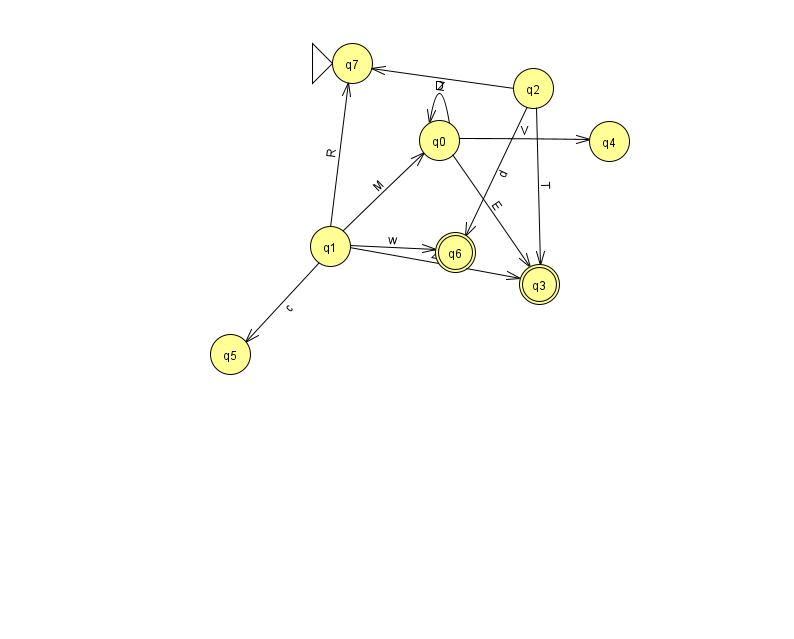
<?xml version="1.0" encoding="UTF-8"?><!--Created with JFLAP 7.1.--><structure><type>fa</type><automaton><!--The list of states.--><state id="0" name="q0"><x>439.0</x><y>127.0</y></state><state id="1" name="q1"><x>330.0</x><y>233.0</y></state><state id="2" name="q2"><x>533.0</x><y>75.0</y></state><state id="3" name="q3"><x>539.0</x><y>271.0</y><final/></state><state id="4" name="q4"><x>609.0</x><y>128.0</y></state><state id="5" name="q5"><x>230.0</x><y>341.0</y></state><state id="6" name="q6"><x>455.0</x><y>239.0</y><final/></state><state id="7" name="q7"><x>352.0</x><y>50.0</y><initial/></state><!--The list of transitions.--><transition><from>2</from><to>3</to><read>T</read></transition><transition><from>1</from><to>6</to><read>w</read></transition><transition><from>0</from><to>0</to><read>D</read></transition><transition><from>2</from><to>6</to><read>d</read></transition><transition><from>0</from><to>3</to><read>E</read></transition><transition><from>0</from><to>4</to><read>V</read></transition><transition><from>1</from><to>7</to><read>R</read></transition><transition><from>1</from><to>3</to><read>Z</read></transition><transition><from>2</from><to>7</to><read>Z</read></transition><transition><from>1</from><to>0</to><read>M</read></transition><transition><from>1</from><to>5</to><read>c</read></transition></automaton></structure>